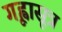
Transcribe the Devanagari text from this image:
गृह्वासूत्र